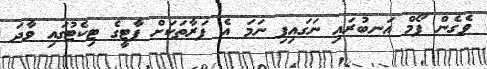
ވެގެން ފޯމް އަނބުރައި ނަަގައިފި ނަމަ އެ ފަރާތަކަށް ޕާޓީގެ ޓިކެޓުގައި ވާދަ